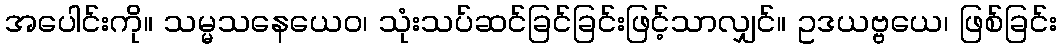
အပေါင်းကို။ သမ္မသနေယေဝ၊ သုံးသပ်ဆင်ခြင်ခြင်းဖြင့်သာလျှင်။ ဥဒယဗ္ဗယေ၊ ဖြစ်ခြင်း